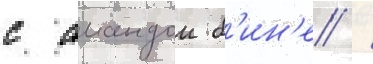
с амандои б'ин'е /